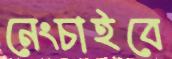
নেংচাইবে